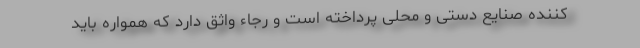
کننده صنایع دستی و محلی پرداخته است و رجاء واثق دارد که همواره باید